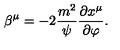
\beta ^ { \mu } = - 2 { \frac { m ^ { 2 } } { \psi } } { \frac { \partial x ^ { \mu } } { \partial \varphi } } .